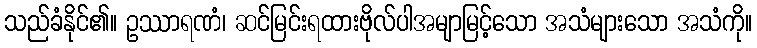
သည်ခံနိုင်၏။ ဥဿာရဏံ၊ ဆင်မြင်းရထားဗိုလ်ပါအမျာမြင့်သော အသံများသော အသံကို။